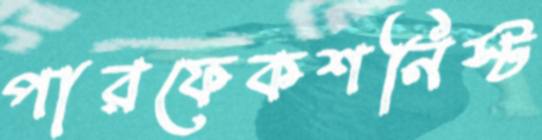
পারফেকশনিস্ট